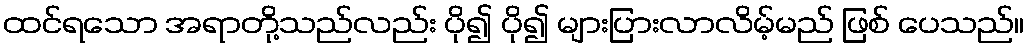
ထင်ရသော အရာတို့သည်လည်း ပို၍ ပို၍ များပြားလာလိမ့်မည် ဖြစ် ပေသည်။